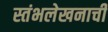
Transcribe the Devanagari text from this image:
स्तंभलेखनाची